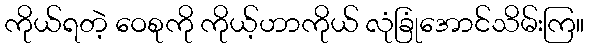
ကိုယ်ရတဲ့ ဝေစုကို ကိုယ့်ဟာကိုယ် လုံခြုံအောင်သိမ်းကြ။